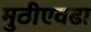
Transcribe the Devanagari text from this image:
मुठीएवढा